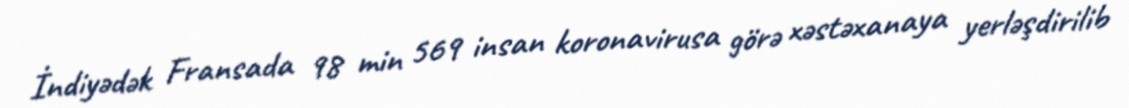
İndiyədək Fransada 98 min 569 insan koronavirusa görə xəstəxanaya yerləşdirilib